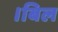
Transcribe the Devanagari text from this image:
।बिल